画像に写った文字を読んでください
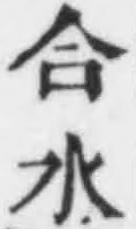
「合水」と書いてあります